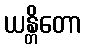
ယန္တိတော